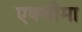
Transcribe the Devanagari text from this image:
एक्जीमा